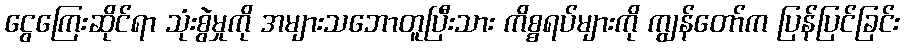
ငွေကြေးဆိုင်ရာ သုံးစွဲမှုကို အများသဘောတူပြီးသား ကိစ္စရပ်များကို ကျွန်တော်က ပြန်ပြင်ခြင်း